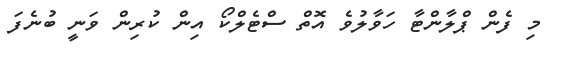
މި ފެން ޕްލާންޓާ ހަވާލުވެ އޮތް ސްޓެލްކޯ އިން ކުރިން ވަނީ ބުނެފަ